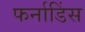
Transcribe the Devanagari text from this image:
फर्नाडिंस